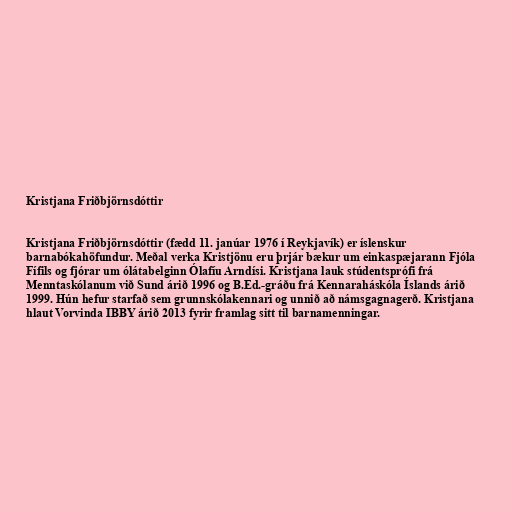
Kristjana Friðbjörnsdóttir

Kristjana Friðbjörnsdóttir (fædd 11. janúar 1976 í Reykjavík) er íslenskur
barnabókahöfundur. Meðal verka Kristjönu eru þrjár bækur um einkaspæjarann Fjóla
Fífils og fjórar um ólátabelginn Ólafíu Arndísi. Kristjana lauk stúdentsprófi frá
Menntaskólanum við Sund árið 1996 og B.Ed.-gráðu frá Kennaraháskóla Íslands árið
1999. Hún hefur starfað sem grunnskólakennari og unnið að námsgagnagerð. Kristjana
hlaut Vorvinda IBBY árið 2013 fyrir framlag sitt til barnamenningar.